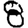
Digit: 8